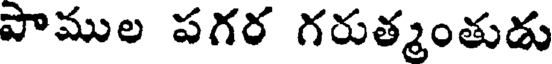
పాముల పగర గరుత్మంతుడు